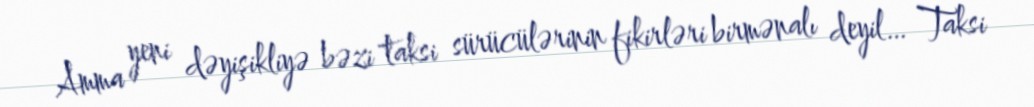
Amma yeni dəyişikliyə bəzi taksi sürücülərinin fikirləri birmənalı deyil… Taksi